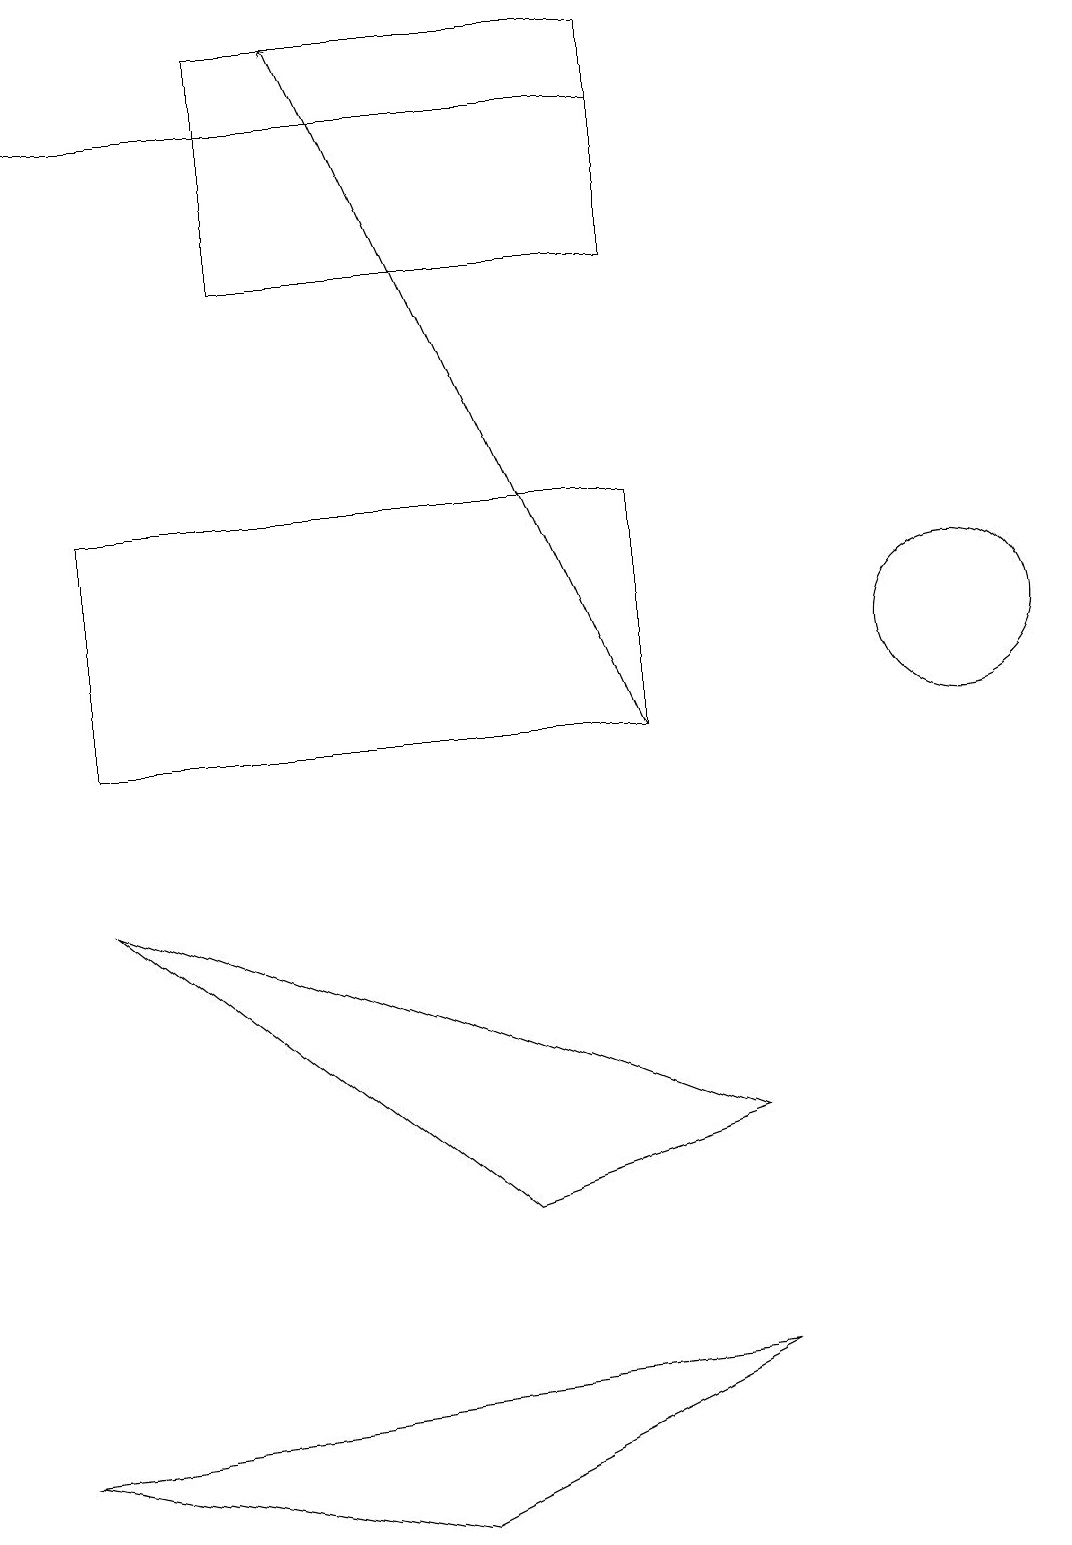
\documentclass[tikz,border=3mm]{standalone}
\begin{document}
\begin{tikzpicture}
\draw (5,0) -- (9,2) -- (0,1) -- cycle;
\draw[->] (8,10) -- (4,19);
\draw (6,4) -- (9,5) -- (1,8) -- cycle;
\draw (8,18) rectangle (0,18);
\draw (8,19) rectangle (3,16);
\draw (12,11) circle (1);
\draw (1,13) rectangle (8,10);
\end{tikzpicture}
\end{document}